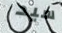
سيد